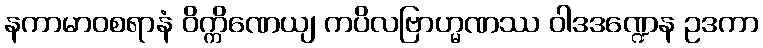
နကာမာဝစရာနံ ဝိက္ကိဏေယျ ကပိလဗြာဟ္မဏဿ ဝါဒဒဏ္ဍေန ဥဒကာ